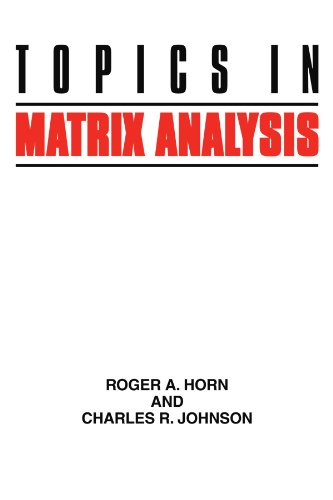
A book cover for Topics in Matrix Analysis; Roger A. Horn; Science & Math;